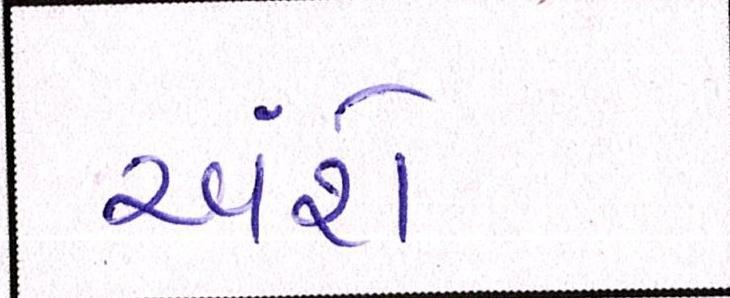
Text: અંશે